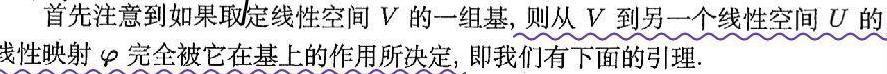
首先注意到如果取定线性空间 \(V\) 的一组基，则从 \(V\) 到另一个线性空间 \(U\) 的线性映射 \(\varphi\) 完全被它在基上的作用所决定，即我们有下面的引理.